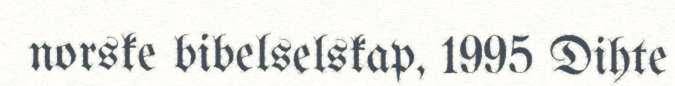
norske bibelselskap, 1995 Dihte